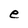
Character: e